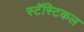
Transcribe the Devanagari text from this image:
स्टॅस्टिकल